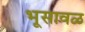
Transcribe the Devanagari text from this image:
भूसावळ